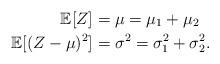
LaTeX: \begin{align*}\mathbb{E}[Z]&=\mu=\mu_1+\mu_2\\\mathbb{E}[(Z-\mu)^2]&=\sigma^2=\sigma_1^2+\sigma_2^2.\end{align*}